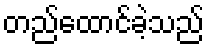
တည်ထောင်ခဲ့သည်